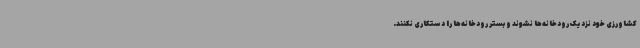
کشاورزی خود نزدیک رودخانه‌ها نشوند و بستر رودخانه‌ها را دستکاری نکنند.